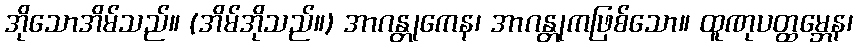
အိုသောအိမ်သည်။ (အိမ်အိုသည်။) အာဂန္တုကေန၊ အာဂန္တုကဖြစ်သော။ ထူဏုပတ္ထမ္ဘေန၊